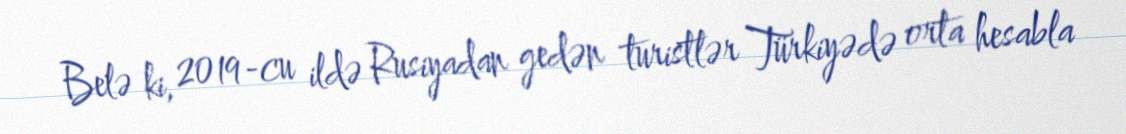
Belə ki, 2019-cu ildə Rusiyadan gedən turistlər Türkiyədə orta hesabla